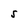
Character: S